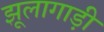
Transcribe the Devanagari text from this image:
झूलागाड़ी